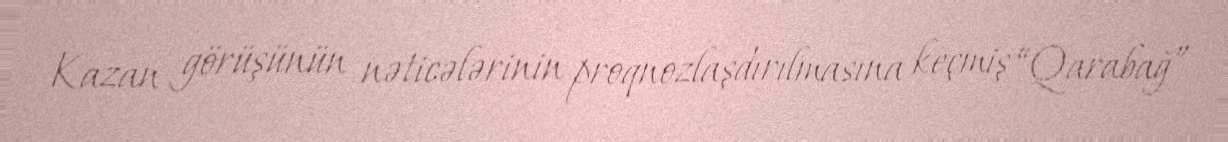
Kazan görüşünün nəticələrinin proqnozlaşdırılmasına keçmiş “Qarabağ”